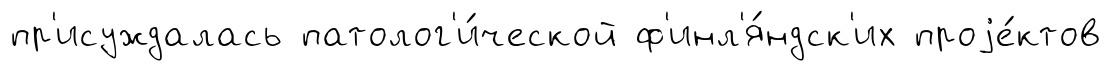
пр'исуждалась патолог'и́ческой ф'инл'я́ндск'их проjе́ктов